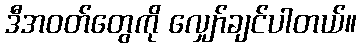
ဒီအဝတ်တွေကို လျှော်ချင်ပါတယ်။